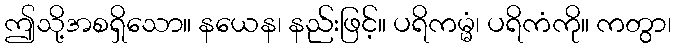
ဤသို့အစရှိသော။ နယေန၊ နည်းဖြင့်။ ပရိကမ္မံ၊ ပရိကံကို။ ကတွာ၊